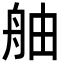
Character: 舳